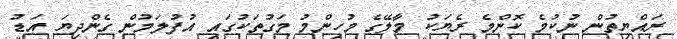
ރައްޔިތުން ނުކުމެ ކޮންމެ ރެޔަކު މާލޭގެ މުހިންމު މަގުތަކުގައި އުފުލަމުން ގެންދިޔަ އަޑު